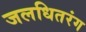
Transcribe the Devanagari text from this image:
जलधितरंग